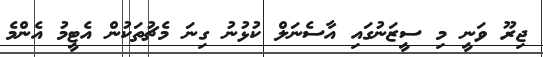
ޖިރޫ ވަނީ މި ސީޒަނުގައި އާސެނަލް ކުޅުނު ގިނަ މެޗުތަކުން އެޓީމު އެންމެ